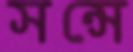
সন্সে